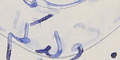
ولدكم